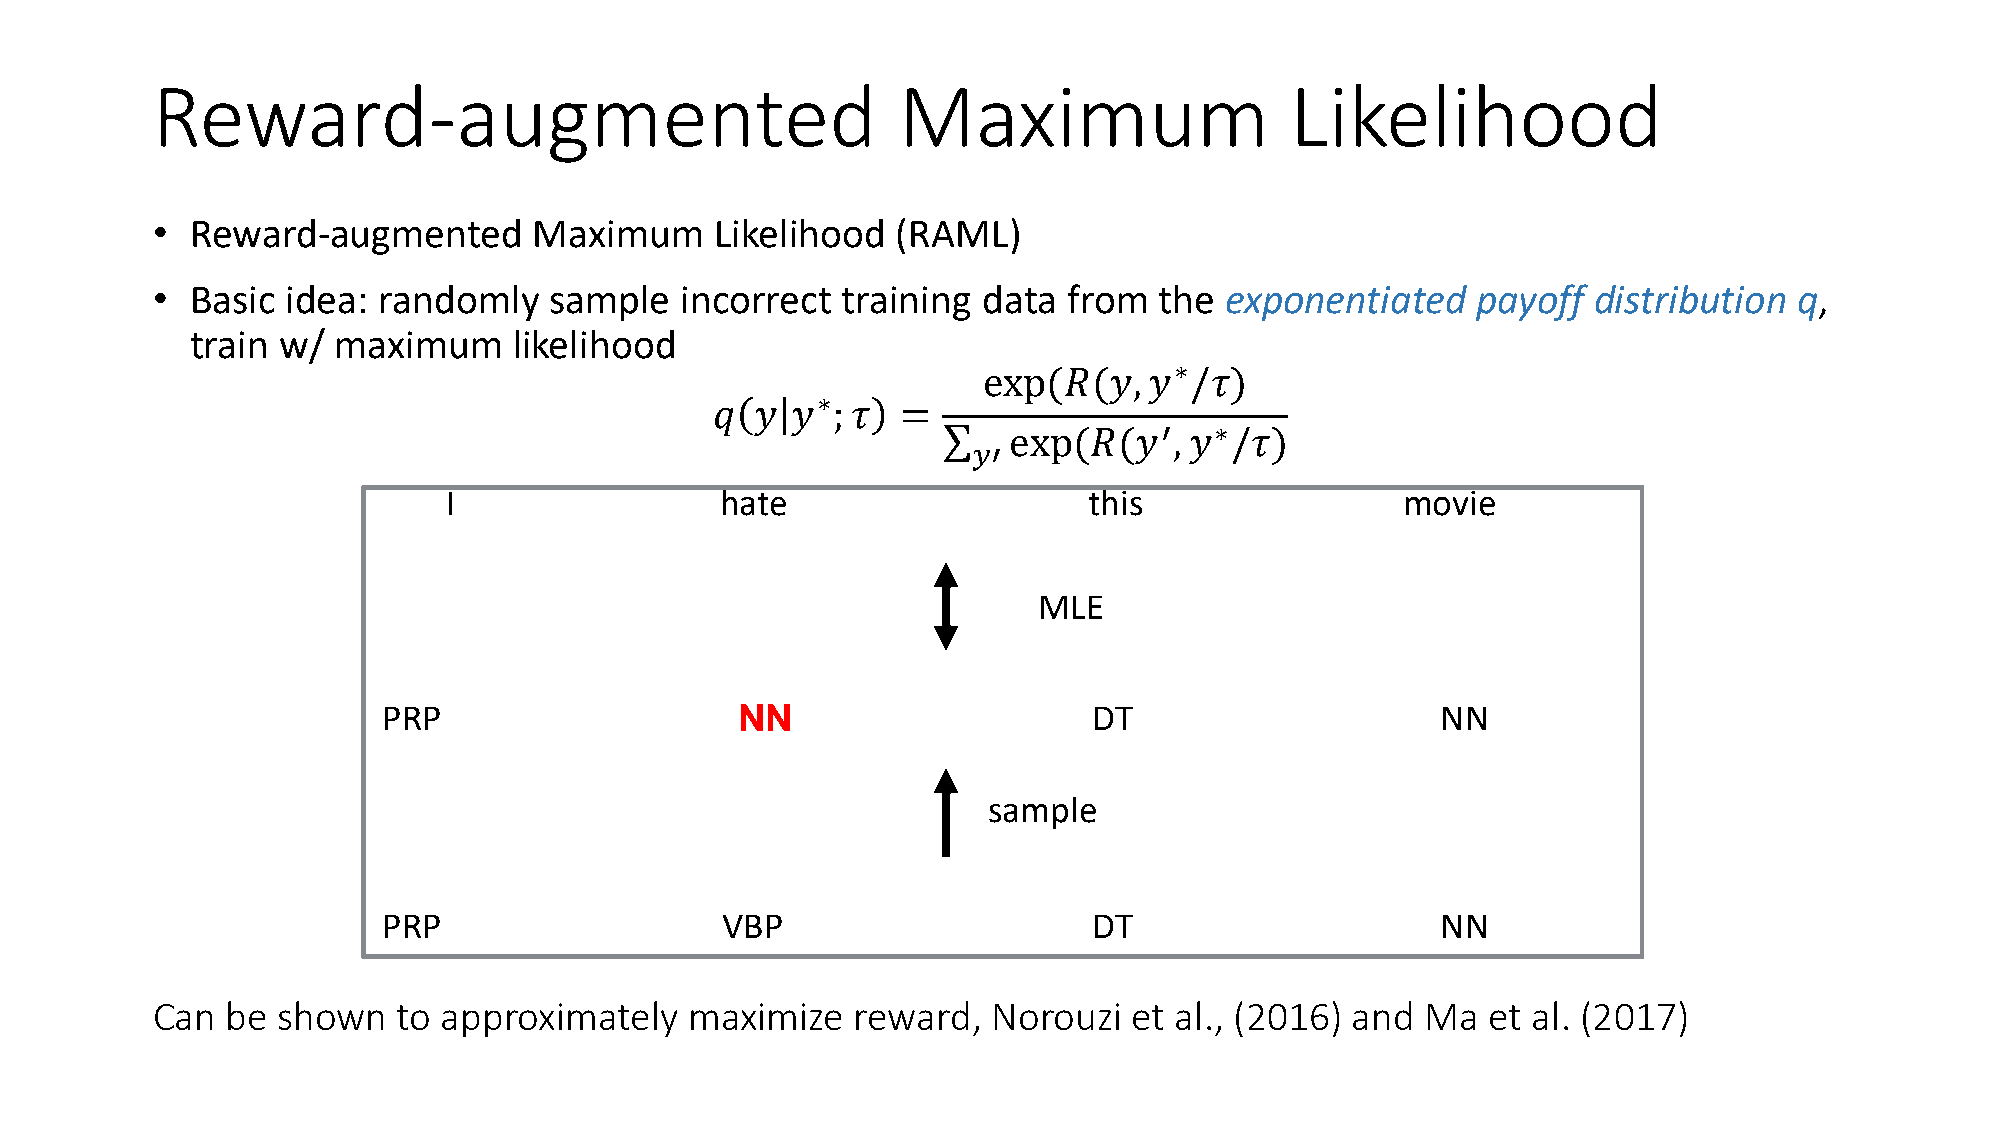
Reward-augmented                                 Maximum                   Likelihood
 •  Reward-augmented      Maximum     Likelihood  (RAML)
 •  Basic idea: randomly   sample   incorrect  training data  from  the exponentiated    payoff distribution  q,
 train w/ maximum     likelihood
 ∗
 exp(𝑅(𝑦,   𝑦  /𝜏)
 ∗
 𝑞  𝑦 𝑦  ; 𝜏  =
 exp(𝑅(𝑦′,   𝑦∗/𝜏)
 𝑦′
 I                  hate                    this                 movie
 MLE
 PRP                     NN                     DT                     NN
 sample
 PRP                    VBP                     DT                     NN
 Can  be shown   to approximately    maximize   reward,  Norouzi  et al., (2016) and Ma  et al. (2017)